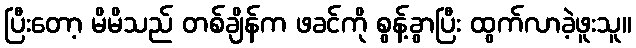
ပြီးတော့ မိမိသည် တစ်ချိန်က ဖခင်ကို စွန့်ခွာပြီး ထွက်လာခဲ့ဖူးသူ။